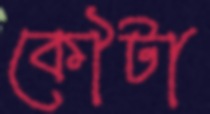
কৌটা